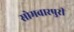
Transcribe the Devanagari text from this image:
सोमवारपुरी